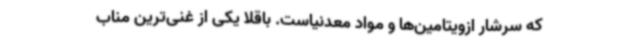
که سرشار ازویتامین‌ها و مواد معدنیاست. باقلا یکی از غنی‌ترین مناب